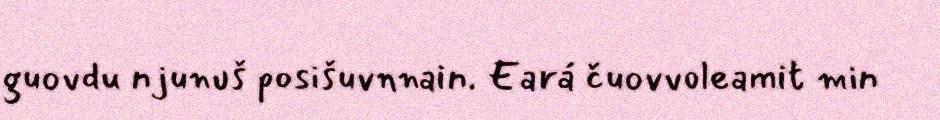
guovdu njunuš posišuvnnain. Eará čuovvoleamit min